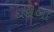
દાદીબા